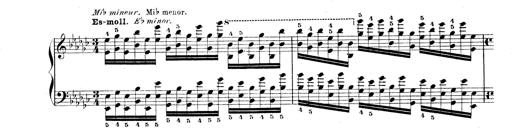
Title: Technische Studien
Composer: Franz Liszt